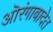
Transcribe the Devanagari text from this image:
ऒरंगाबादेत